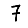
Digit: 7